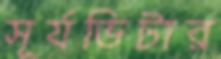
সূর্যভিটার